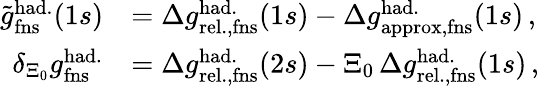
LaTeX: \begin{array}{rl}{\tilde{g}_{\mathrm{fns}}^{\mathrm{had.}}(1s)}&{=\Delta{g}_{\mathrm{rel.,fns}}^{\mathrm{had.}}(1s)-\Delta{g}_{\mathrm{approx,fns}}^{\mathrm{had.}}(1s)\, ,}\\ {\delta_{\Xi_{0}}g_{\mathrm{fns}}^{\mathrm{had.}}}&{=\Delta{g}_{\mathrm{rel.,fns}}^{\mathrm{had.}}(2s)-\Xi_{0}\, \Delta{g}_{\mathrm{rel.,fns}}^{\mathrm{had.}}(1s)\, ,}\end{array}